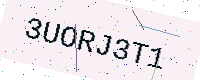
Text: 3UORJ3T1